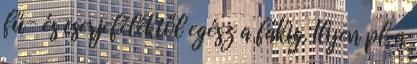
fű- és cserjeféléktől egész a fákig. Ilyen pl. a